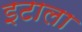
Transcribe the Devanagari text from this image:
इटाला